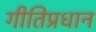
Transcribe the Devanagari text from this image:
गीतिप्रधान